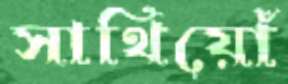
সাথিয়োঁ